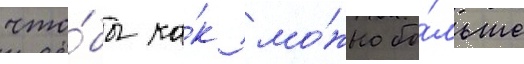
что́бы ка́к мо́жно бо́льше